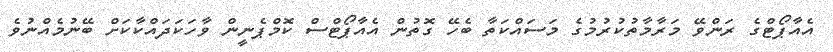
އެއާޕޯޓްގެ ރަންވޭ މަރާމާތުކުރުމުގެ މަސައްކަތާ ބެހޭ ގޮތުން އެއާޕޯޓްސް ކޮމްޕެނީން ވާހަކަދައްކާކަށް ބޭނުމެއްނުވެ